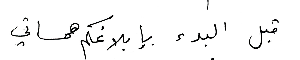
قبل البدء بإبلاغكم همساتي